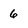
Character: 6